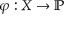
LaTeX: \varphi : X \rightarrow \mathbb { P }